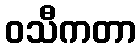
ဝသီကတာ